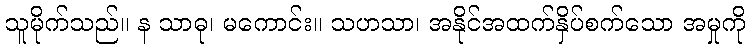
သူမိုက်သည်။ န သာဓု၊ မကောင်း။ သဟသာ၊ အနိုင်အထက်နှိပ်စက်သော အမှုကို